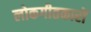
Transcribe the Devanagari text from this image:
लोकगीतकारों